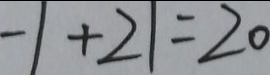
- 1 + 2 1 = 2 0